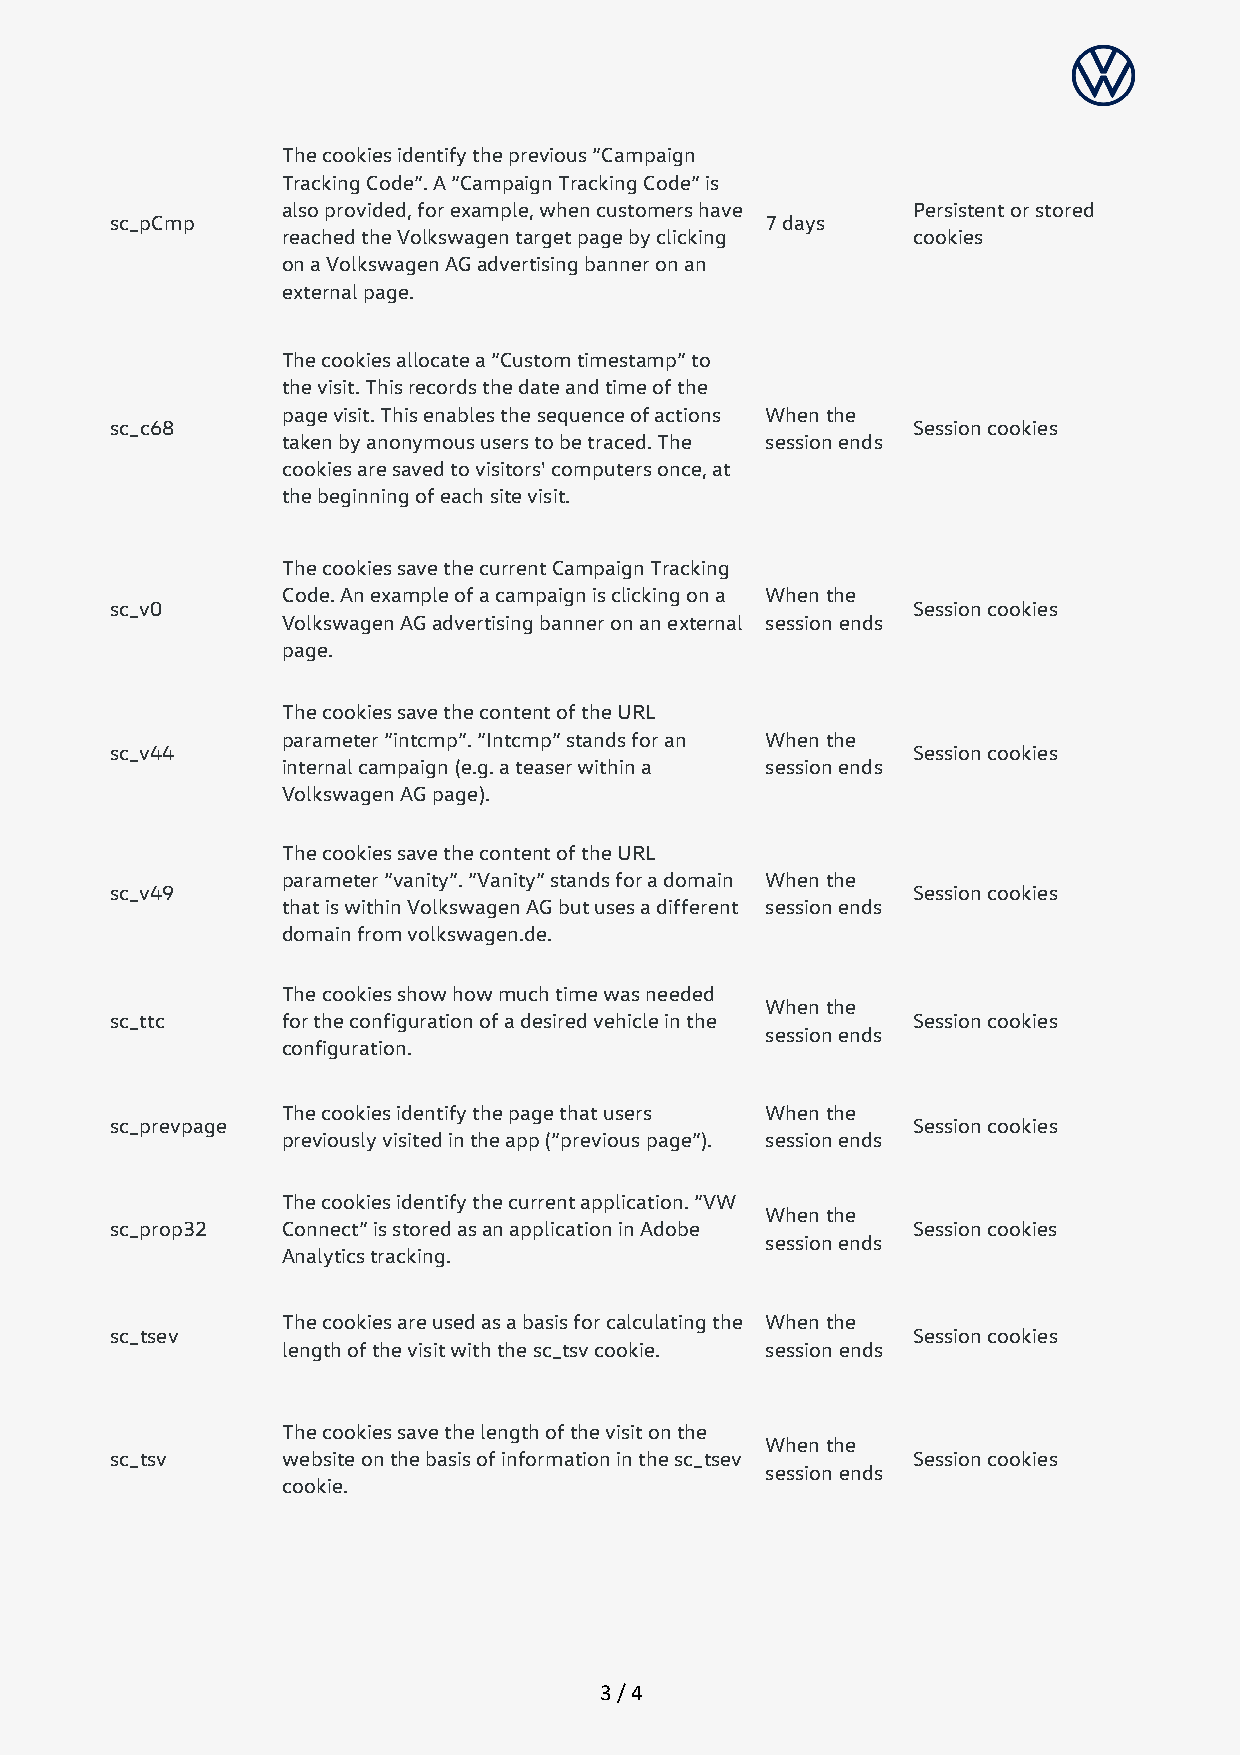
The cookies identify the previous “Campaign
 Tracking Code”. A “Campaign Tracking Code” is
 also provided, for example, when customers have Persistent or stored
 sc_pCmp                                    7 days
 reached the Volkswagen target page by clicking cookies
 on a Volkswagen AG advertising banner on an
 external page.
 The cookies allocate a “Custom timestamp” to
 the visit. This records the date and time of the
 page visit. This enables the sequence of actions When the
 sc_c68                                               Session cookies
 taken by anonymous users to be traced. The session ends
 cookies are saved to visitors' computers once, at
 the beginning of each site visit.
 The cookies save the current Campaign Tracking
 Code. An example of a campaign is clicking on a When the
 sc_v0                                                Session cookies
 Volkswagen AG advertising banner on an external session ends
 page.
 The cookies save the content of the URL
 parameter “intcmp”. “Intcmp” stands for an When the
 sc_v44                                               Session cookies
 internal campaign (e.g. a teaser within a session ends
 Volkswagen AG page).
 The cookies save the content of the URL
 parameter “vanity”. “Vanity” stands for a domain When the
 sc_v49                                               Session cookies
 that is within Volkswagen AG but uses a different session ends
 domain from volkswagen.de.
 The cookies show how much time was needed
 When the
 sc_ttc     for the configuration of a desired vehicle in the Session cookies
 session ends
 configuration.
 The cookies identify the page that users When the
 sc_prevpage                                          Session cookies
 previously visited in the app (“previous page”). session ends
 The cookies identify the current application. “VW
 When the
 sc_prop32  Connect” is stored as an application in Adobe Session cookies
 session ends
 Analytics tracking.
 The cookies are used as a basis for calculating the When the
 sc_tsev                                              Session cookies
 length of the visit with the sc_tsv cookie. session ends
 The cookies save the length of the visit on the
 When the
 sc_tsv     website on the basis of information in the sc_tsev Session cookies
 session ends
 cookie.
 3 / 4